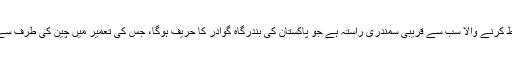
چاہ بہار بحیرہ ہند سے مربوط کرنے والا سب سے قریبی سمندری راستہ ہے جو پاکستان کی بندرگاہ گوادر کا حریف ہوگا، جس کی تعمیر میں چین کی طرف سے سرمایہ کاری کی گئی ہے۔